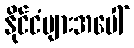
နိုင်ငံများအပေါ်